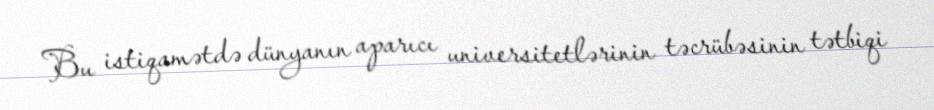
Bu istiqamətdə dünyanın aparıcı universitetlərinin təcrübəsinin tətbiqi